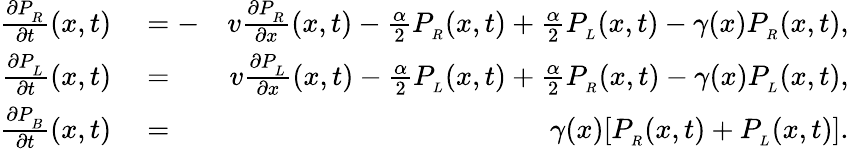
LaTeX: \begin{array}{rlr}{\frac{\partial P_{_R}}{\partial t}(x,t)}&{{}=-}&{v\frac{\partial P_{_R}}{\partial x}(x,t)-\frac{\alpha}{2}P_{_R}(x,t)+\frac{\alpha}{2}P_{_L}(x,t)-\gamma(x)P_{_R}(x,t),}\\ {\frac{\partial P_{_L}}{\partial t}(x,t)}&{{}=}&{v\frac{\partial P_{_L}}{\partial x}(x,t)-\frac{\alpha}{2}P_{_L}(x,t)+\frac{\alpha}{2}P_{_R}(x,t)-\gamma(x)P_{_L}(x,t),}\\ {\frac{\partial P_{_B}}{\partial t}(x,t)}&{{}=}&{\gamma(x)[P_{_R}(x,t)+P_{_L}(x,t)].}\end{array}